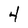
Character: 4